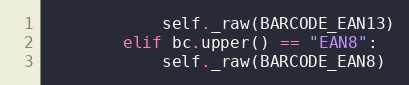
Language: Python
            self._raw(BARCODE_EAN13)
        elif bc.upper() == "EAN8":
            self._raw(BARCODE_EAN8)